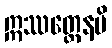
ဣဿတ္ထေနပိ